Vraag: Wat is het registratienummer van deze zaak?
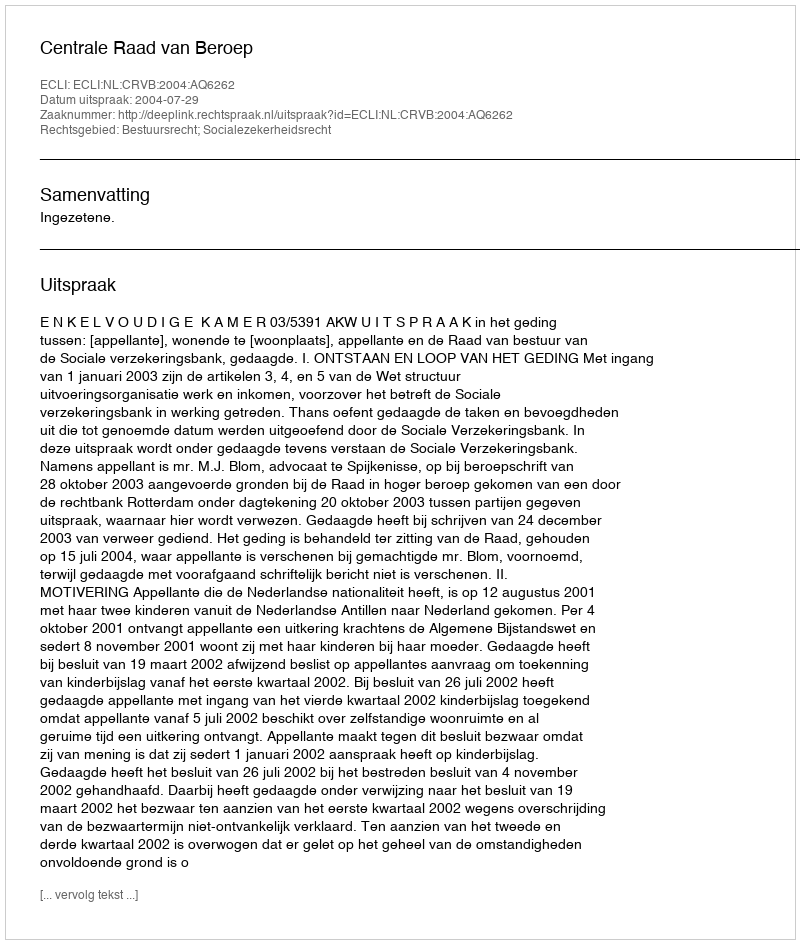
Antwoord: http://deeplink.rechtspraak.nl/uitspraak?id=ECLI:NL:CRVB:2004:AQ6262